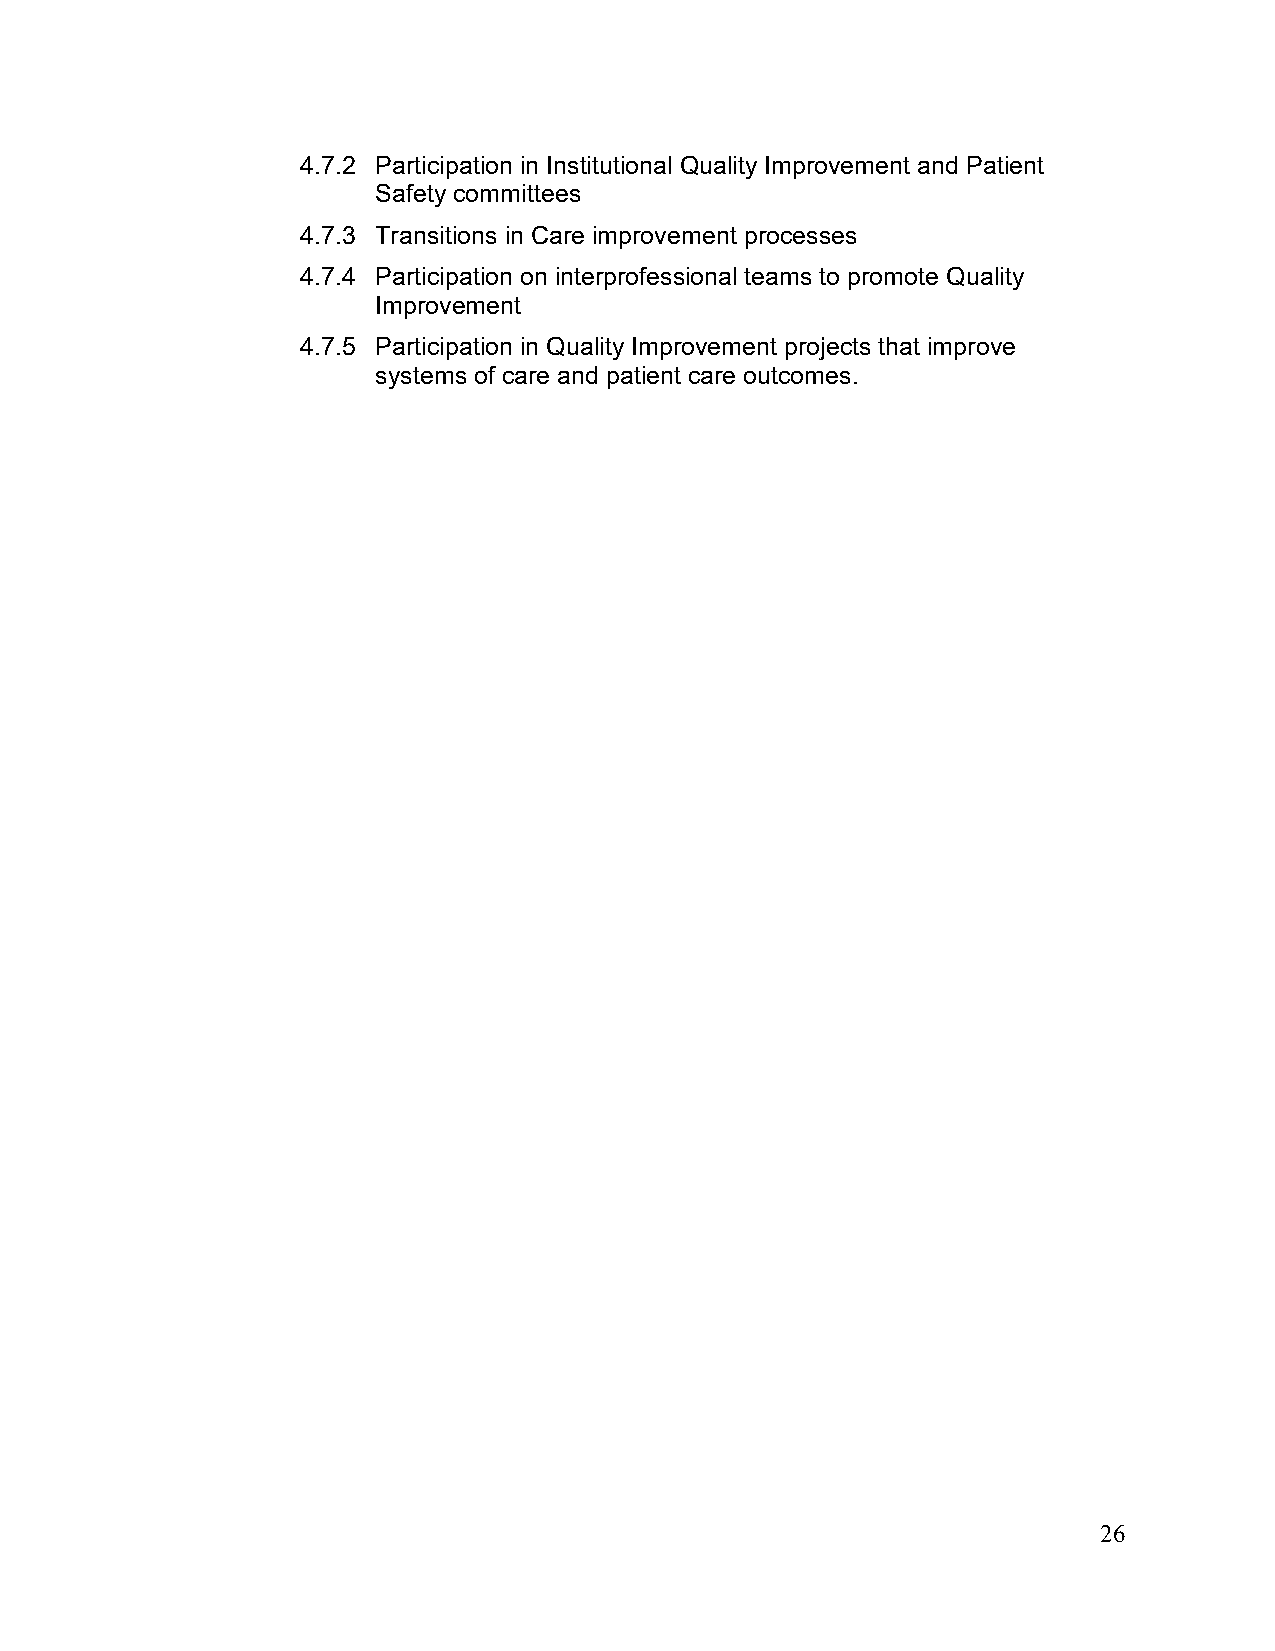
4.7.2 Participation in Institutional Quality Improvement and Patient
 Safety committees
 4.7.3 Transitions in Care improvement processes
 4.7.4 Participation on interprofessional teams to promote Quality
 Improvement
 4.7.5 Participation in Quality Improvement projects that improve
 systems of care and patient care outcomes.
 26